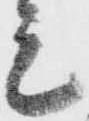
元